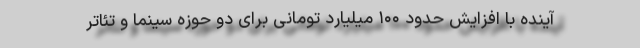
آینده با افزایش حدود ۱۰۰ میلیارد تومانی برای دو حوزه سینما و تئاتر